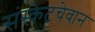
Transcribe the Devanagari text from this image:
संस्केटचेवान